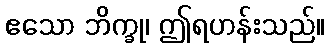
ဧသော ဘိက္ခု၊ ဤရဟန်းသည်။